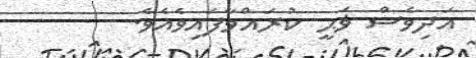
އަދިވެސް ޥަޙީ ކުރައްވާފައިވެއެވެ.